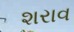
શરાવ